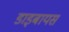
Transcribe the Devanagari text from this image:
डाइबायस